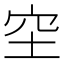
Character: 𥤧